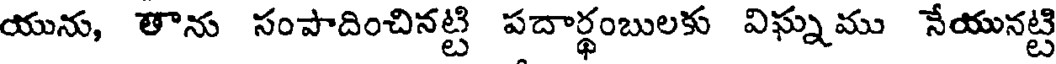
యును, తాను సంపాదించినట్టి పదార్థంబులకు విఘ్నము నేయునట్టి